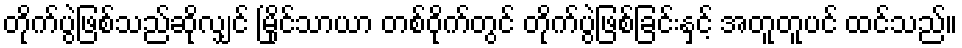
တိုက်ပွဲဖြစ်သည်ဆိုလျှင် မြိုင်သာယာ တစ်ဝိုက်တွင် တိုက်ပွဲဖြစ်ခြင်းနှင့် အတူတူပင် ထင်သည်။